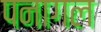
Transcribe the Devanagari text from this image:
पनागल